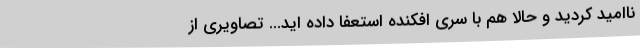
ناامید کردید و حالا هم با سری افکنده استعفا داده اید... تصاویری از